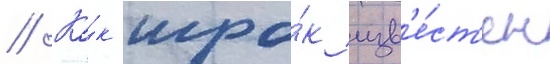
// Ка́к игро́к изв'е́ст'ен